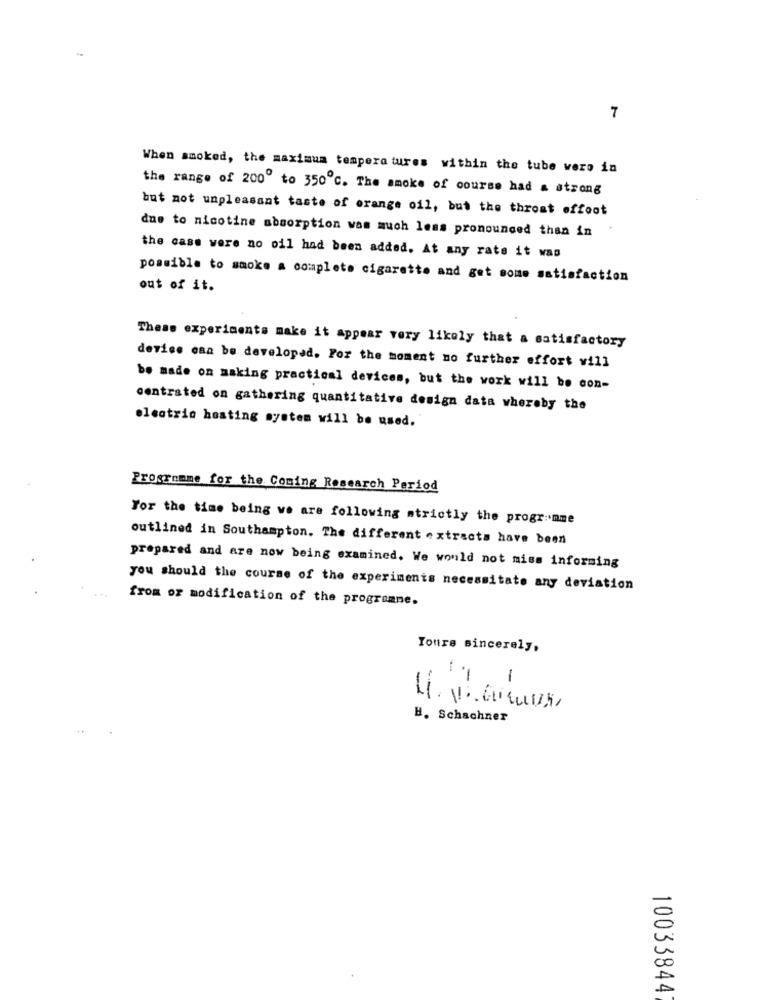
7
When smoked, the maximum tempera tures within the tube were in
the range of 200" to 350℃. The smoke of course had a strong
but not unpleasant taste of orange oil, but the throat offoot
due to nicotine absorption was much less pronounced than in
the cass were no oil had been added. At any rate it was
possible to smoke a complete cigarette and get some satisfaction
out of it.
These experiments make it appear very likely that a satisfactory
device caa be developed. For the moment no further effort will
be made on making practical devices, but the work will be con-
centrated on gathering quantitative design data whereby the
electric hosting system will be used.
Programme for the Coming Research Period
For the time being we are following strictly the programme
outlined in Southampton. The different extracts have been
prepared and are now being examined. We would not miss informing
you should the course of the experiments necessitate any deviation
from or modification of the programne.
Yours sincerely,
-
-
...
-
H. Schachner
10033844